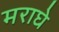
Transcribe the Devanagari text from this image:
मराघे